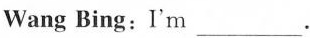
Wang Bing:I'm ___.